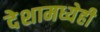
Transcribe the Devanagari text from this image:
देशामध्येही